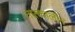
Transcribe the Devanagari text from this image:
तात्‍कालीन